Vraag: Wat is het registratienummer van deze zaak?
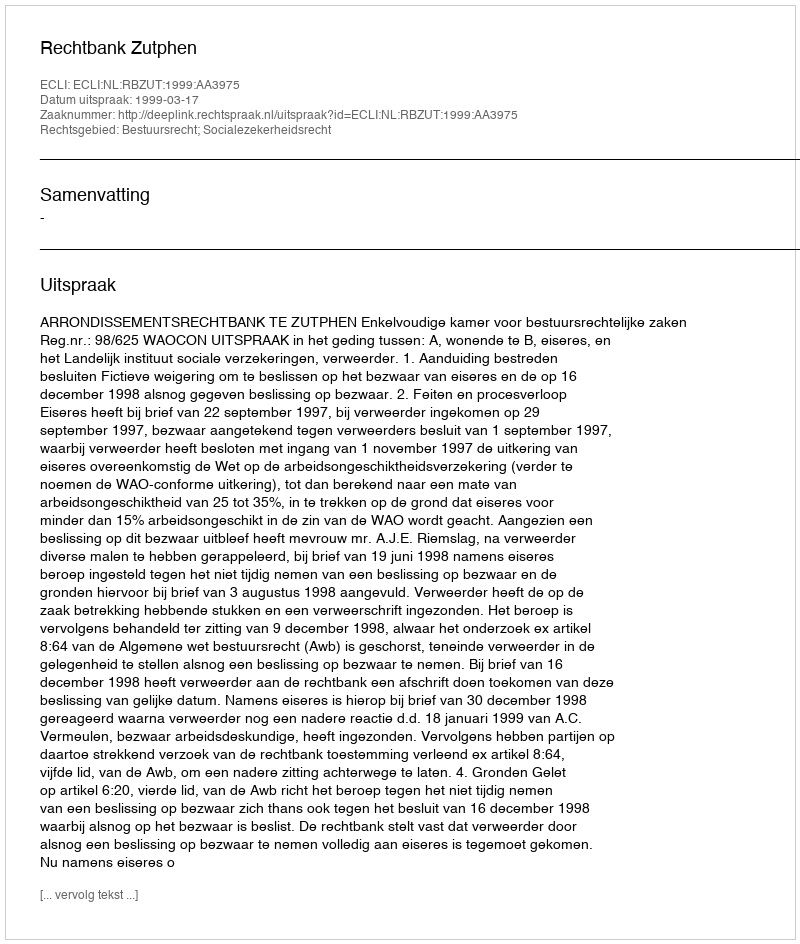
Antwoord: http://deeplink.rechtspraak.nl/uitspraak?id=ECLI:NL:RBZUT:1999:AA3975